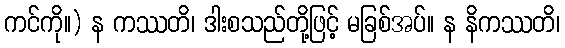
ကင်ကို။) န ကဿတိ၊ ဒါးစသည်တို့ဖြင့် မခြစ်အပ်။ န နိကဿတိ၊